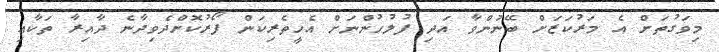
މިވަގުތަށް އެ މަރުކަޒަށް ބޭނުންވާ އަދި ފުލުހުންނަށް އެހީތެރިކަން ފޯރުކޮށްދެވިދާނެ ދާއިރާ ތަކާއި